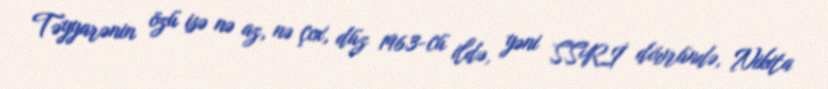
Təyyarənin özü isə nə az, nə çox, düz 1963-cü ildə, yəni SSRİ dövründə, Nikita